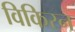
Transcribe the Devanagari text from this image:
विकिरन